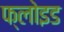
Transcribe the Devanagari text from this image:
फ्लोइड